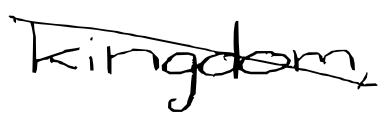
Text: kingdom,
Cross-out: diagonal
Writing tool: digital_black